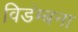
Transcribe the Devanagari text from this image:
विडंम्बना